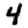
Digit: 4